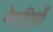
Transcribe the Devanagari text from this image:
नेरारियाँ